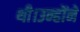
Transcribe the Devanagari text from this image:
थी।उन्होंने